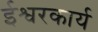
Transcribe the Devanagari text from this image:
ईश्वरकार्य